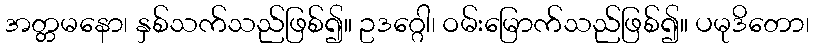
အတ္တမနော၊ နှစ်သက်သည်ဖြစ်၍။ ဥဒဂ္ဂေါ၊ ဝမ်းမြောက်သည်ဖြစ်၍။ ပမုဒိတော၊